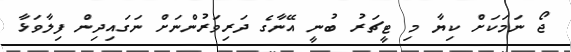
ޖޯ ނަމަކަށް ކިޔާ މި ޓީޗަރު ބުނީ އޭނާގެ ދަރިވަރުންނަށް ނަގައިދިން ފިލާވަޅާ